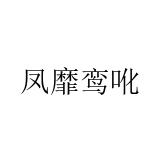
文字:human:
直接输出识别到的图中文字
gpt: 凤靡鸾吪